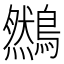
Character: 䳿